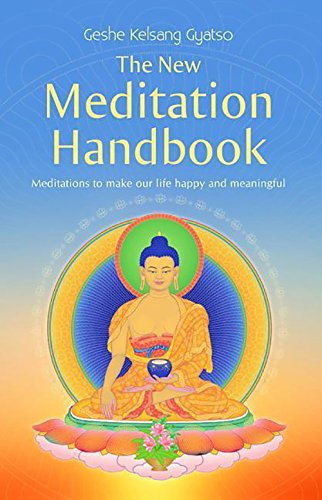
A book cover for The New Meditation Handbook: Meditations to make our life happy and meaningful; Geshe Kelsang Gyatso; Religion & Spirituality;